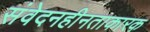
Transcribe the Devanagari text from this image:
संवेदनहीनताकारक